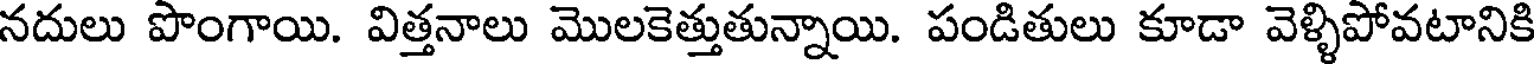
నదులు పొంగాయి. విత్తనాలు మొలకెత్తుతున్నాయి. పండితులు కూడా వెళ్ళిపోవటానికి